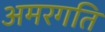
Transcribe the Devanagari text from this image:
अमरगति